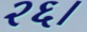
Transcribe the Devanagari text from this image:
२६।